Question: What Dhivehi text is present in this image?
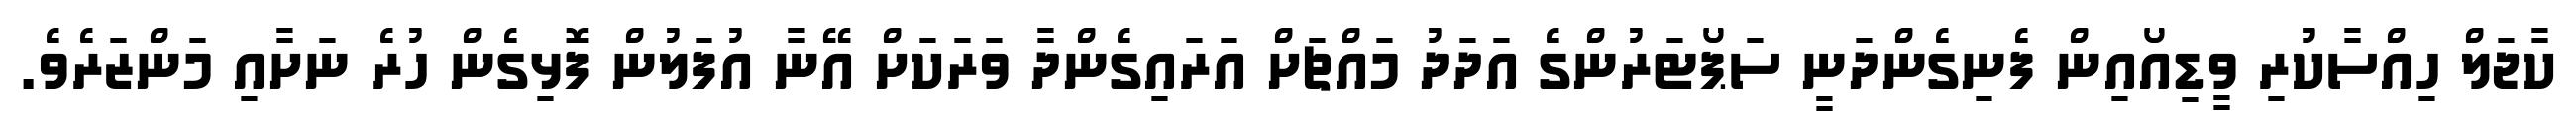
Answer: ކާޖަލް ހިއްސާކުރި ވީޑިއޯއިން ފެނިގެންދަނީ ސަޕޯޓަރުންގެ އަދަދު މައްޗަށް އަރައިގެންދާ ވަރަކަށް އޭނާ އުފަލުން ފޮޅިގެން ހުރެ ނަށާއި މަންޒަރެވެ.